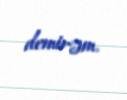
demirəm.